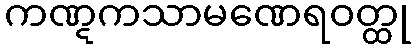
ကဏ္ဋကသာမဏေရဝတ္ထု